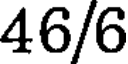
46/6